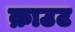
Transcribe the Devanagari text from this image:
क्राउट